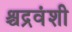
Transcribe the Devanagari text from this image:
श्चद्रवंशी